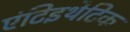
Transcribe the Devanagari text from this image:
एंटिइथेटिक